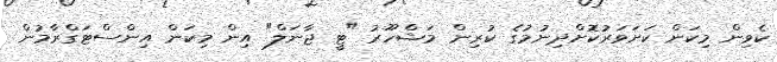
ކެވިން މިކަން ކަށަވަރުކޮށްދިނުމުގެ ކުރިން މަޝްހޫރު "ޓީ ޖާނަލް" އިން މިކަން އިންސްޓަގްރާމުން